King Institute of Preventive Medicine Bacteriolog. Section reports 1907-08
Year: 1907
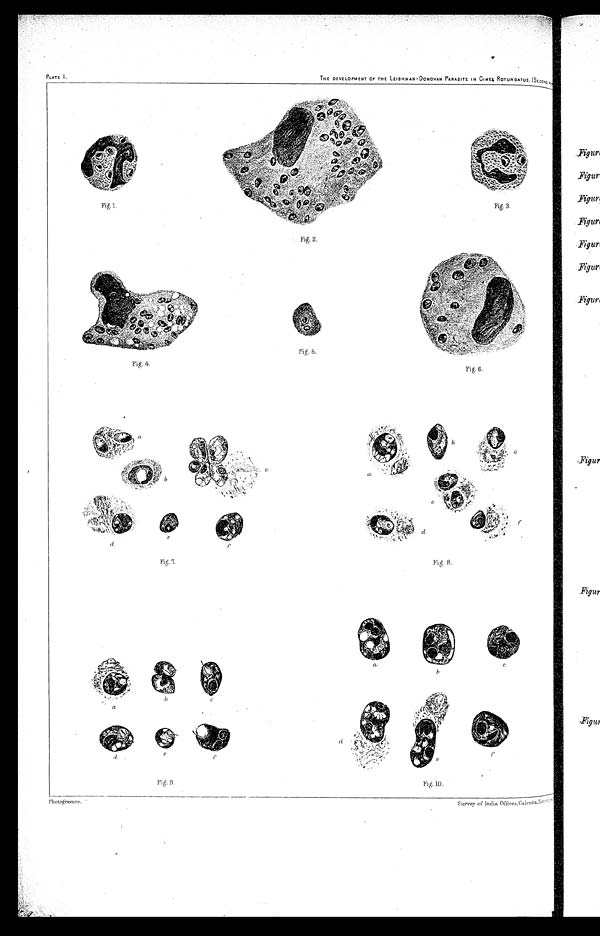
PLATE I.
THE DEVELOPMENT OF THE LEISHMAN -DONOVAN PARASITE IN CIMEX ROTUNDATUS. (SECOND RED
Photogravure.
Survey a India. Offices, Calcutta [illegable]